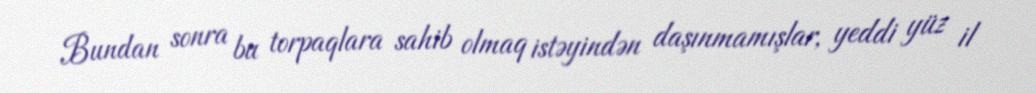
Bundan sonra bu torpaqlara sahib olmaq istəyindən daşınmamışlar, yeddi yüz il